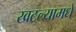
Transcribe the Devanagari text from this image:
खटल्यामधे